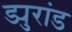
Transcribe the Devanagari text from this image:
ड्युरांड